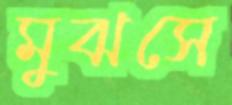
মুঝসে